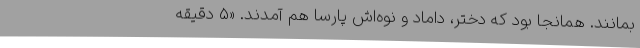
بمانند. همانجا بود که دختر، داماد و نوه‌اش پارسا هم آمدند. «5 دقیقه